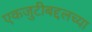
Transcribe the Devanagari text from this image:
एकजुटीबद्दलच्या